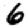
Digit: 6